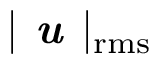
| \textbf { \em u } | _ { \operatorname { r m s } }